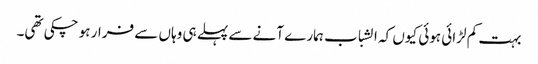
بہت کم لڑائی ہوئی کیوں کہ الشباب ہمارے آنے سے پہلے ہی وہاں سے فرار ہو چکی تھی۔